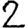
Digit: 2